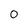
Character: 0